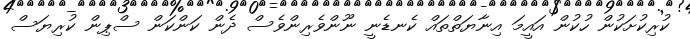
ކުރިކުށަކުން ހުކުން އައީމަ އިނާޔަތްތައް ކެނޑެނީ ނޫންވެރިންވެސް ދެން ކަންކަން ސްޕިން ކުރިޔަސް